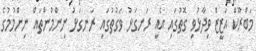
މަބްރޫކް އަޒީޒް ވިދާޅުވި ގޮތުގައި އެއީ ރަނގަޅު ވަގުތުގައި ރަނގަޅު ނިންމުންތައް ނިންމުމުގެ